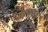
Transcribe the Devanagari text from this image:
आजकर